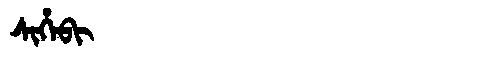
Manchu: ᠰᡳᡥᡝᠪᡳ
Romanization: SIHEBI